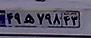
۴۹ه۷۹۸۴۳